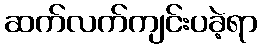
ဆက်လက်ကျင်းပခဲ့ရာ